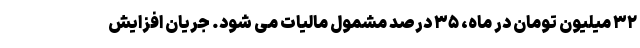
۳۲ میلیون تومان در ماه، ۳۵ درصد مشمول مالیات می شود. جریان افزایش